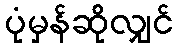
ပုံမှန်ဆိုလျှင်